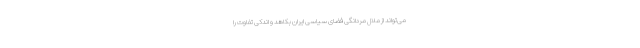
می‌تواند از ملالِ مردانگیِ فضای سیاسی ایران بکاهد و اندکی تفاوت را